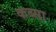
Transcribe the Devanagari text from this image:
कब्सा